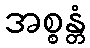
အစ္စန္တံ